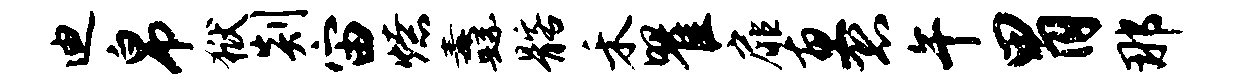
迪帛狱剡宙燎纛髂禾瞿扉惠恐午胃那